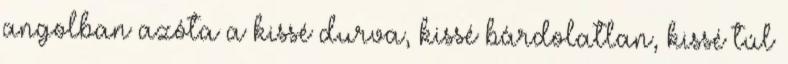
angolban azóta a kissé durva, kissé bárdolatlan, kissé túl